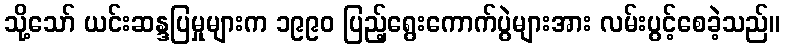
သို့သော် ယင်းဆန္ဒပြမှုများက ၁၉၉၀ ပြည့်ရွေးကောက်ပွဲများအား လမ်းပွင့်စေခဲ့သည်။